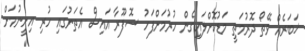
ޚަބަރެއް ވޭތޯ ދޮރުމަތީ މަޑުކޮށްލައިގެން ހުރުމަށްފަހު ސޮފޫރާ އައިސް އެތަނުގައި ހުރި އިށީނުމަށް